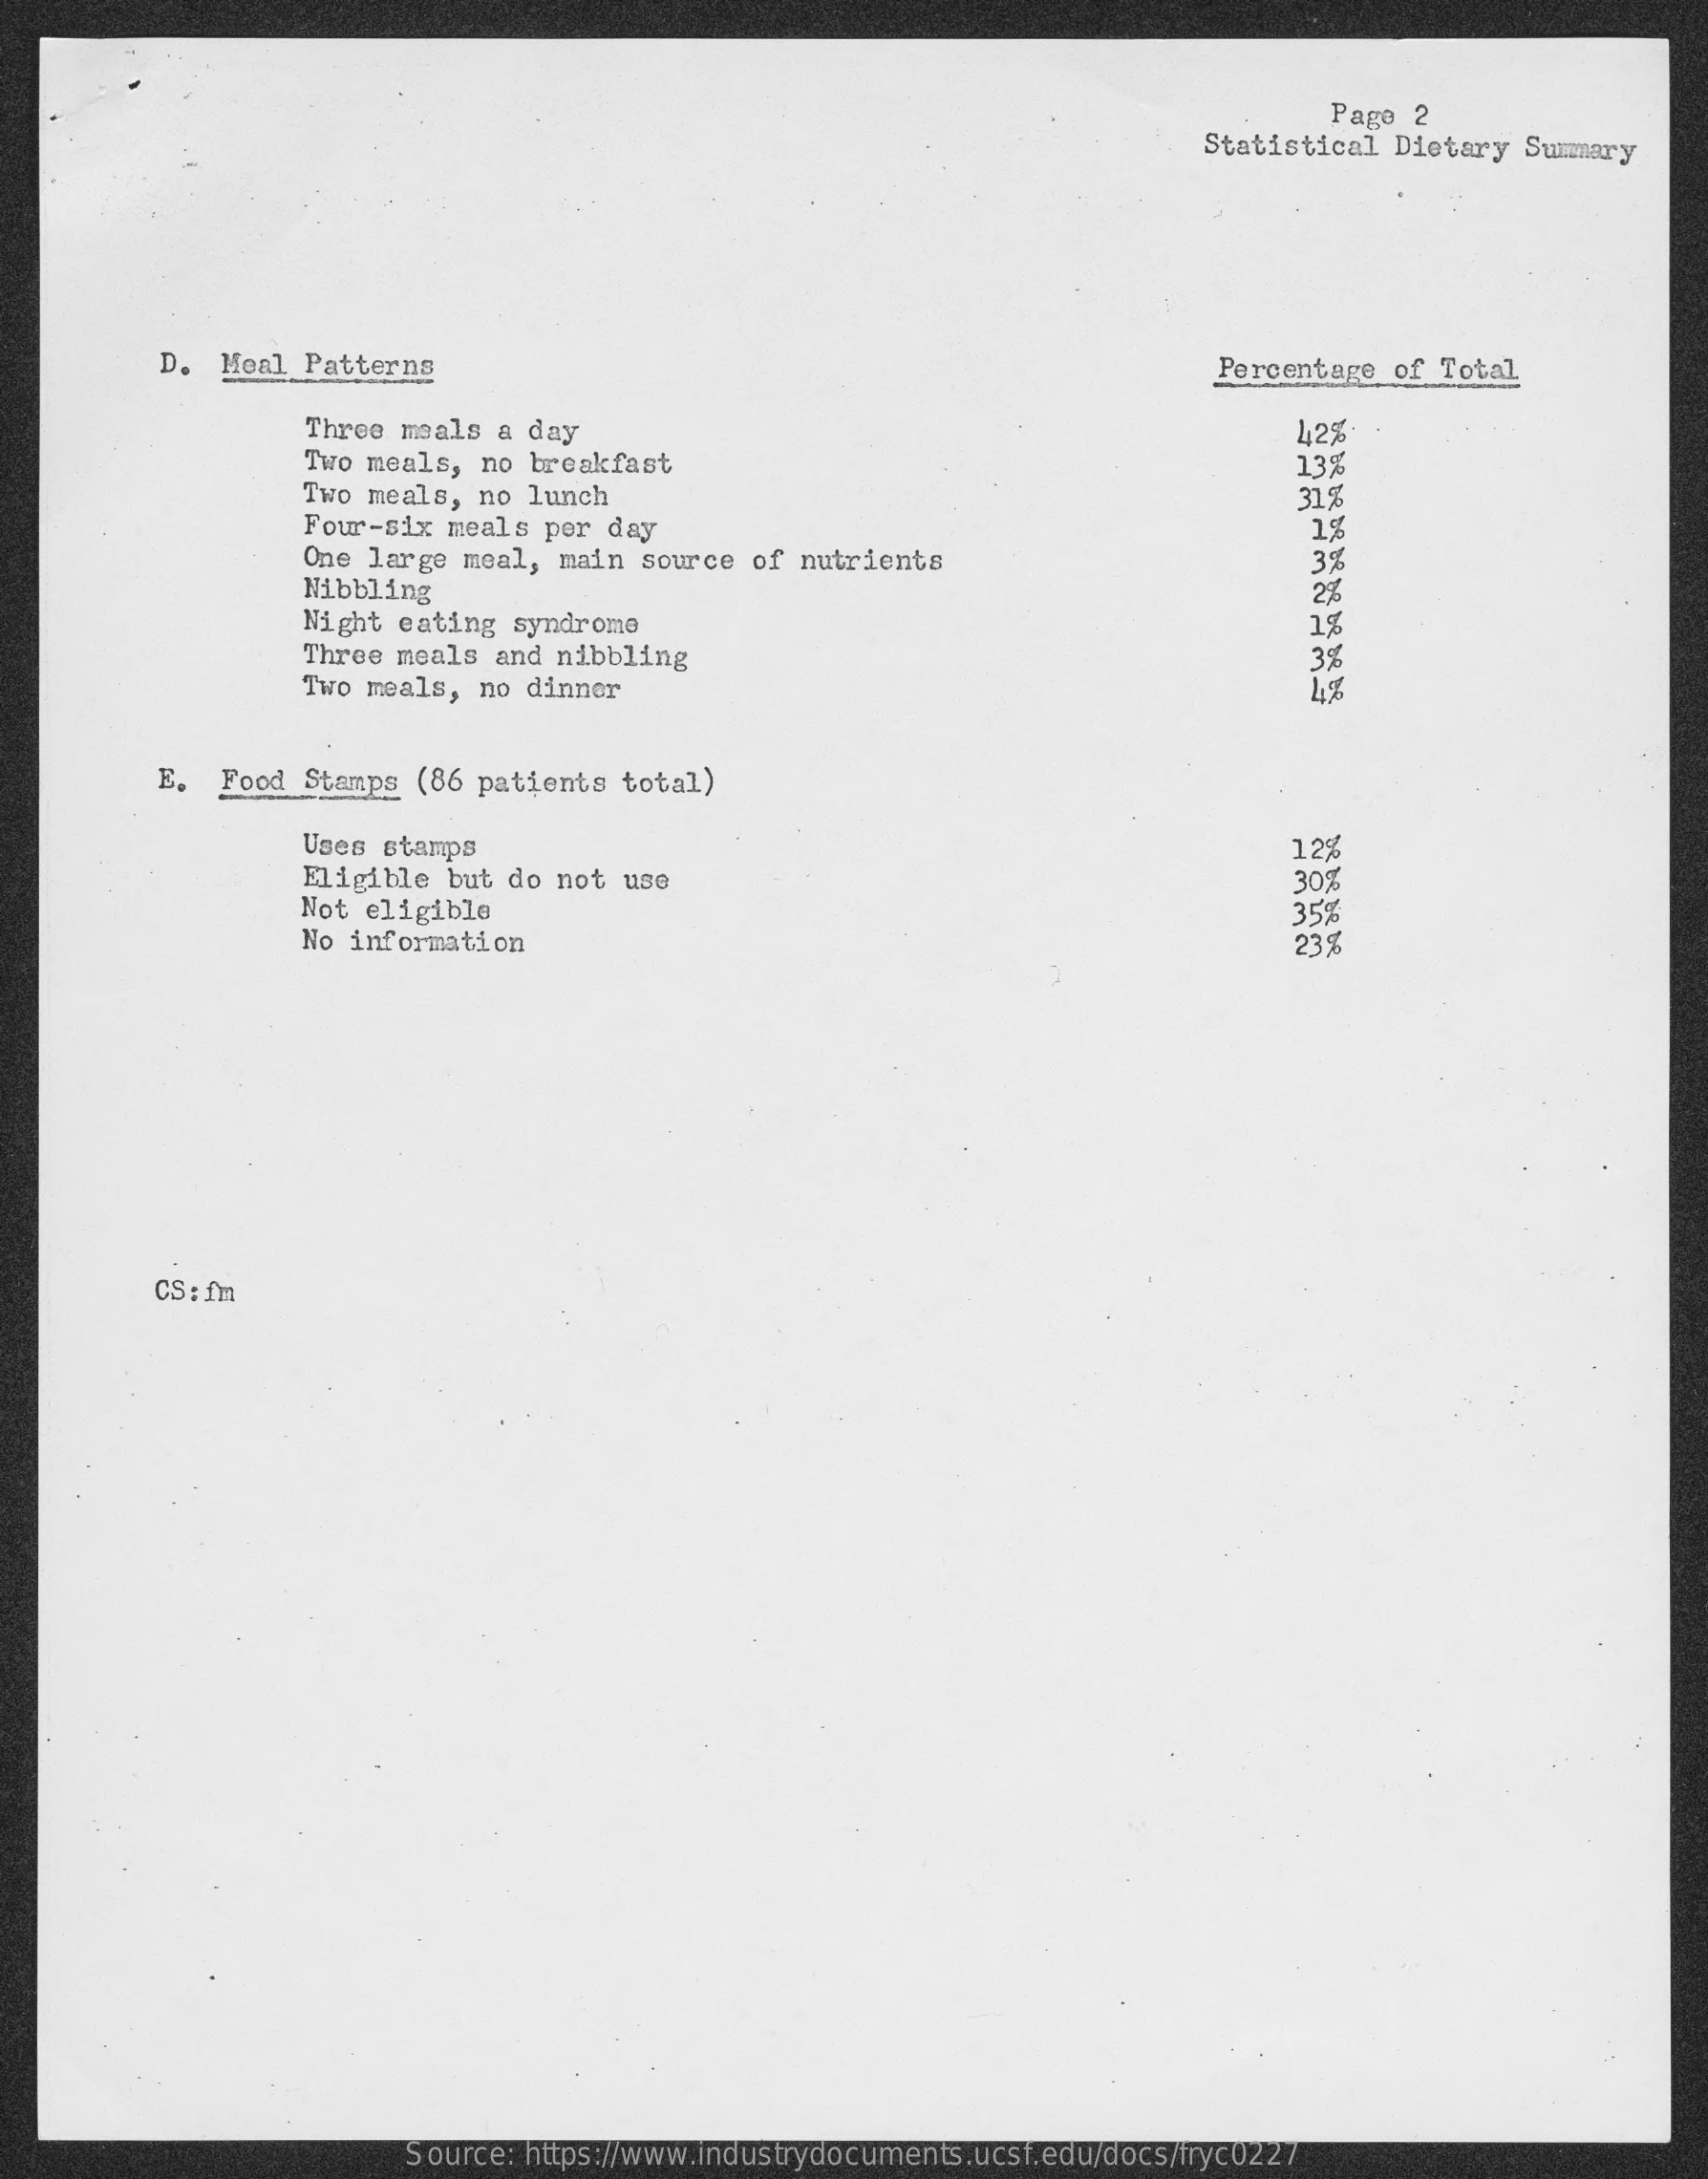
Page  2
     Statistical Dietary  Summary
     D. Meal  Patterns    Percentage  of Total
     Three meals a day    42%
     Two meals,  no breakfast    13%
     Two meals, no  lunch    31%
     Four-six meals  per day    1%
     One large meal,  main source  of nutrients    3%
     Nibbling    2%
     Night eating  syndrome    1%
     Three meals  and nibbling    3%
     Two meals,  no dinner
     E.  Food  Stamps (86 patients  total)
     Uses stamps    12%
     Eligible but  do not use    30%
     Not eligible    35%
     No information    23%
     CS : fm
     Source: https://www.industrydocuments.ucsf.edu/docs/fryc0227